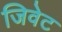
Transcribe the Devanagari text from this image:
जिवेट